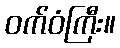
ဝက်ဝံကြီး။